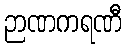
ဉာဏကရဏီ